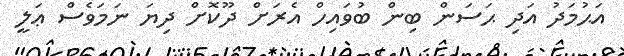
އަޙުމަދު އަދި ޙަސަން ބިން ބުވައިހް އެރަށް ދޫކޮށް ދިޔަ ނަމަވެސް ޢަލީ